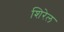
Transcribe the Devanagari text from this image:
शिरेल